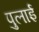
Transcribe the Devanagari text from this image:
पुलाई